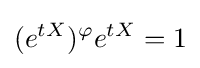
(e^{tX})^{\varphi }e^{tX}=1